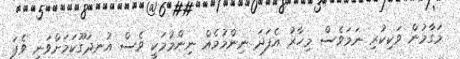
މަގާމުން ވަކިކުރި ނަމަވެސް މިހާރު އެފަދަ ނިންމުމެއް ނިންމުމަކީ ވެސް އުނދަގޫކަމަށްވަނީ ވެފަ